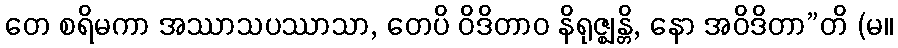
တေ စရိမကာ အဿာသပဿာသာ, တေပိ ဝိဒိတာဝ နိရုဇ္ဈန္တိ, နော အဝိဒိတာ”တိ (မ။